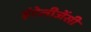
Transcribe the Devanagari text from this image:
इंटेलीजेंसी